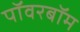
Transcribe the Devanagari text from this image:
पॉवरबॉम